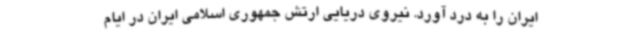
ایران را به درد آورد. نیروی دریایی ارتش جمهوری اسلامی ایران در ایام